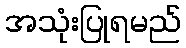
အသုံးပြုရမည်